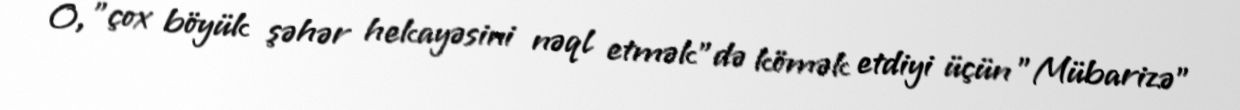
O, "çox böyük şəhər hekayəsini nəql etmək"də kömək etdiyi üçün "Mübarizə"